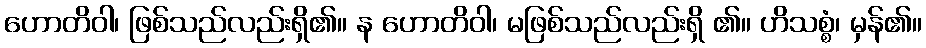
ဟောတိဝါ၊ ဖြစ်သည်လည်းရှိ၏။ န ဟောတိဝါ၊ မဖြစ်သည်လည်းရှိ ၏။ ဟိသစ္စံ၊ မှန်၏။